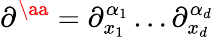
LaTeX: \partial^{\aa}=\partial_{x_{1}}^{\alpha_{1}}\ldots\partial_{x_{d}}^{\alpha_{d}}